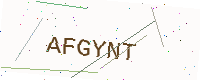
Text: AFGYNT